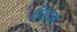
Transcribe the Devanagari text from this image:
विज़्डम